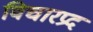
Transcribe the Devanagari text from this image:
विचारप्रद